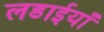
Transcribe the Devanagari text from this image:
लडाईयाँ